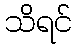
သိရင်